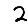
Digit: 2